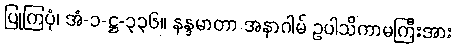
ပြုကြပုံ၊ အံ-၁-ဋ္ဌ-၃၃၆။ နန္ဒမာတာ အနာဂါမ် ဥပါသိကာမကြီးအား